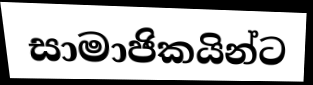
සාමාජිකයින්ට